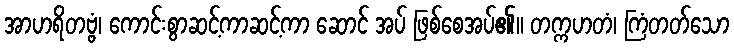
အာဟရိတဗ္ဗံ၊ ကောင်းစွာဆင့်ကာဆင့်ကာ ဆောင် အပ် ဖြစ်စေအပ်၏။ တက္ကဟတံ၊ ကြံတတ်သော